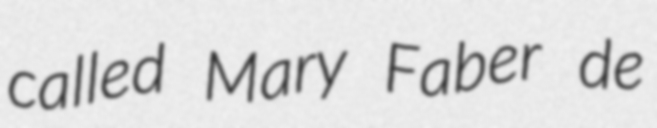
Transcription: called Mary Faber de